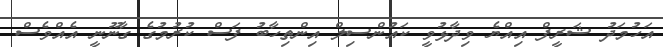
އަހުމަދު ޝަރީފް އިއްޔެ ވިދާޅުވީ ކައުންސިލް އިންތިހާބު ފަސް ކުރުމުގެ ގާނޫނީ އެއްވެސް